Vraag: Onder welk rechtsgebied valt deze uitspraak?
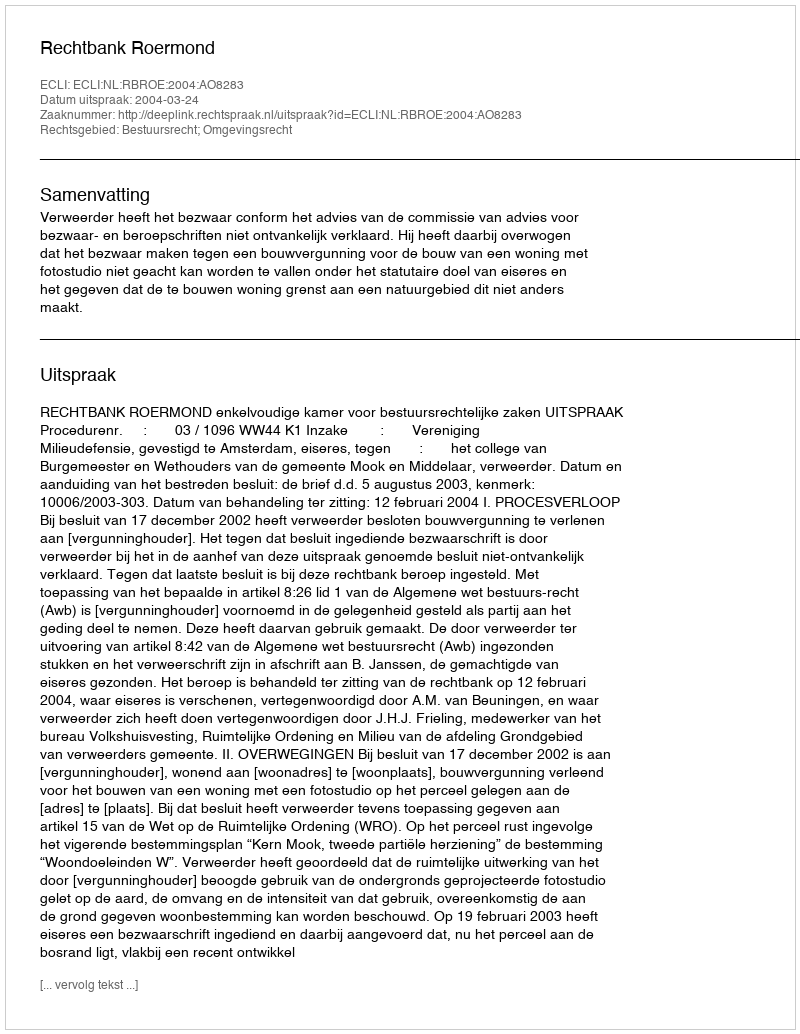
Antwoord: Bestuursrecht; Omgevingsrecht